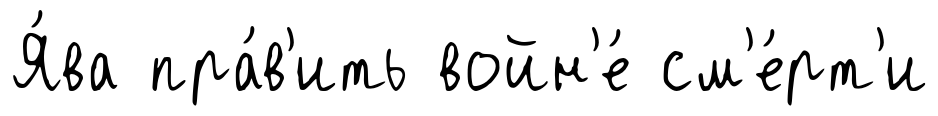
Я́ва пра́в'ить войн'е́ см'е́рт'и